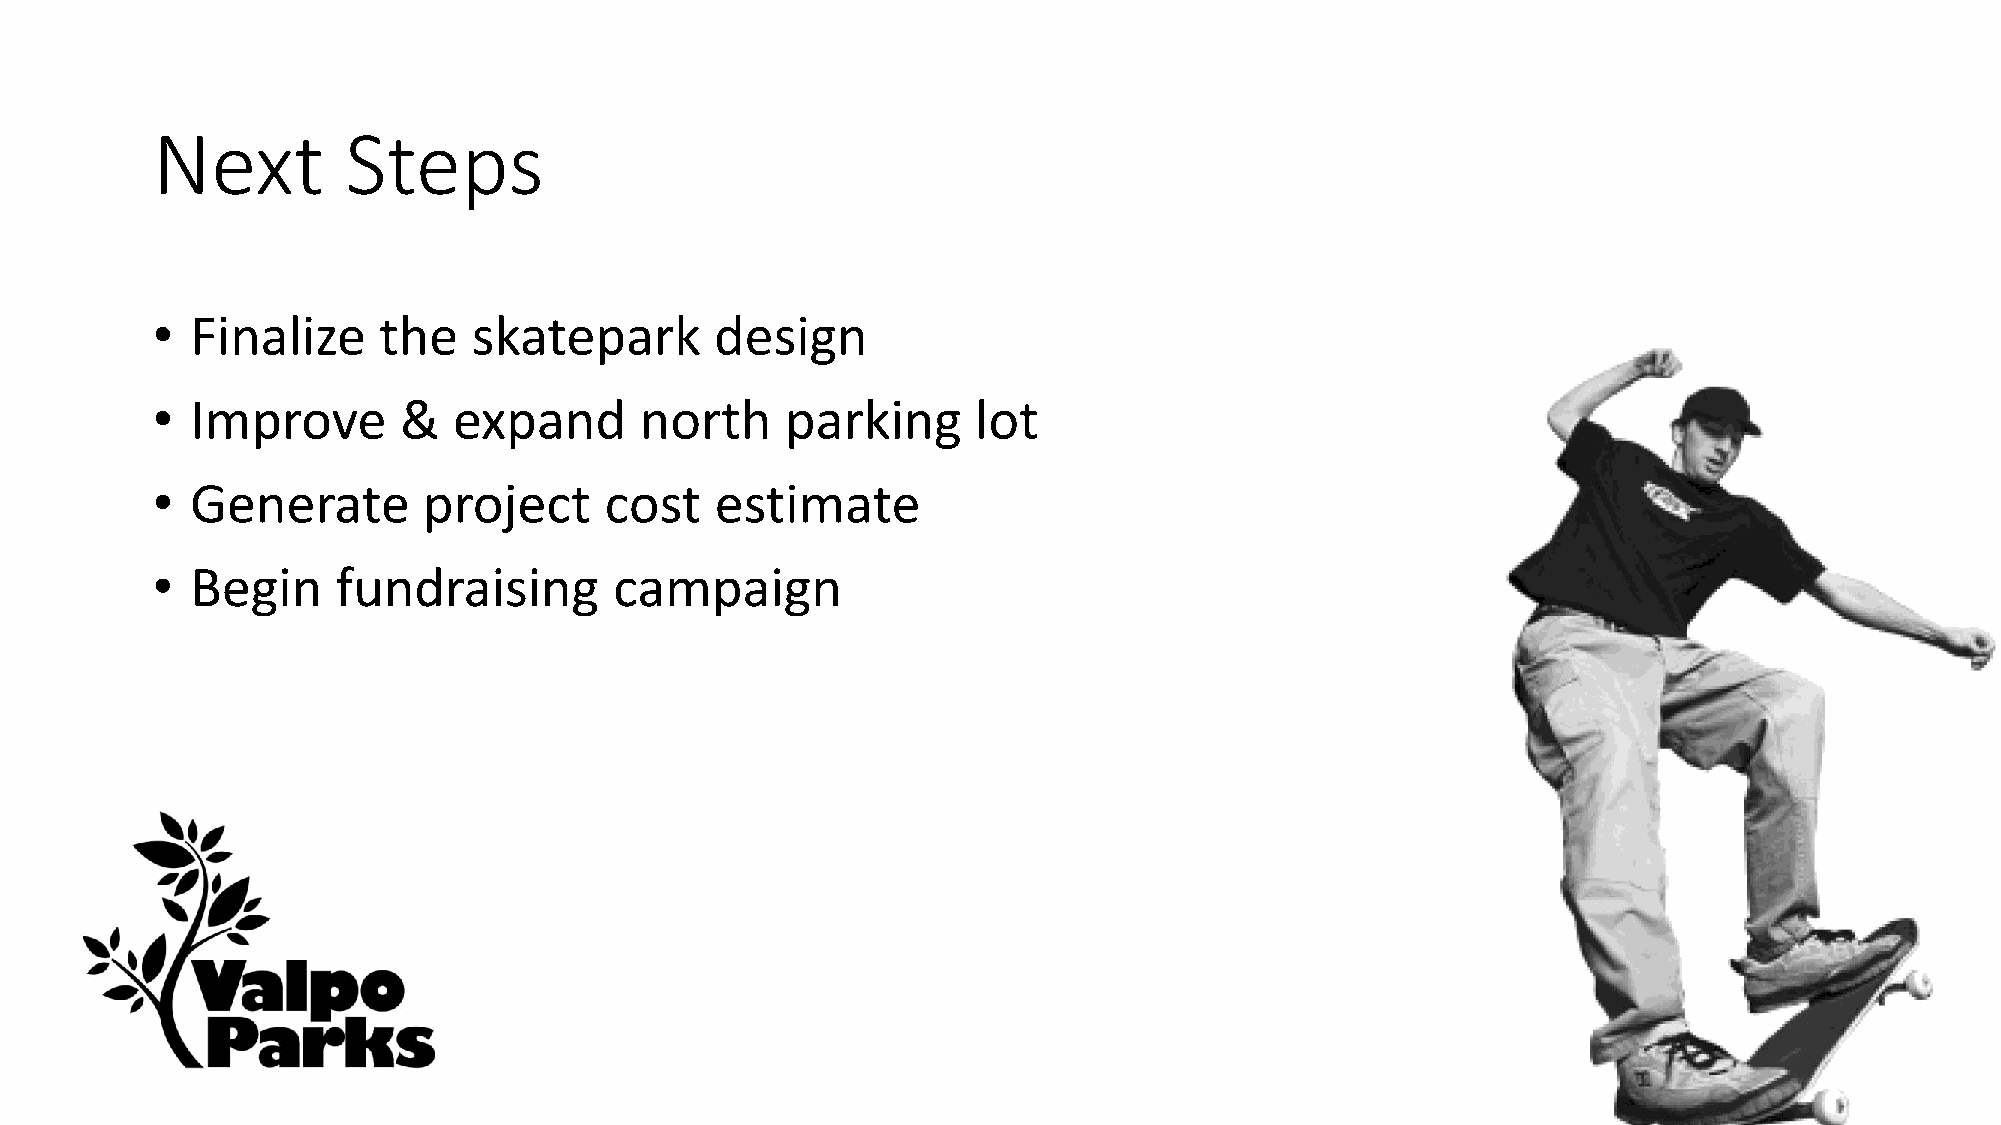
Next         Steps
 •  Finalize    the   skatepark       design
 •  Improve      &   expand      north     parking      lot
 •  Generate       project     cost   estimate
 •  Begin    fundraising        campaign